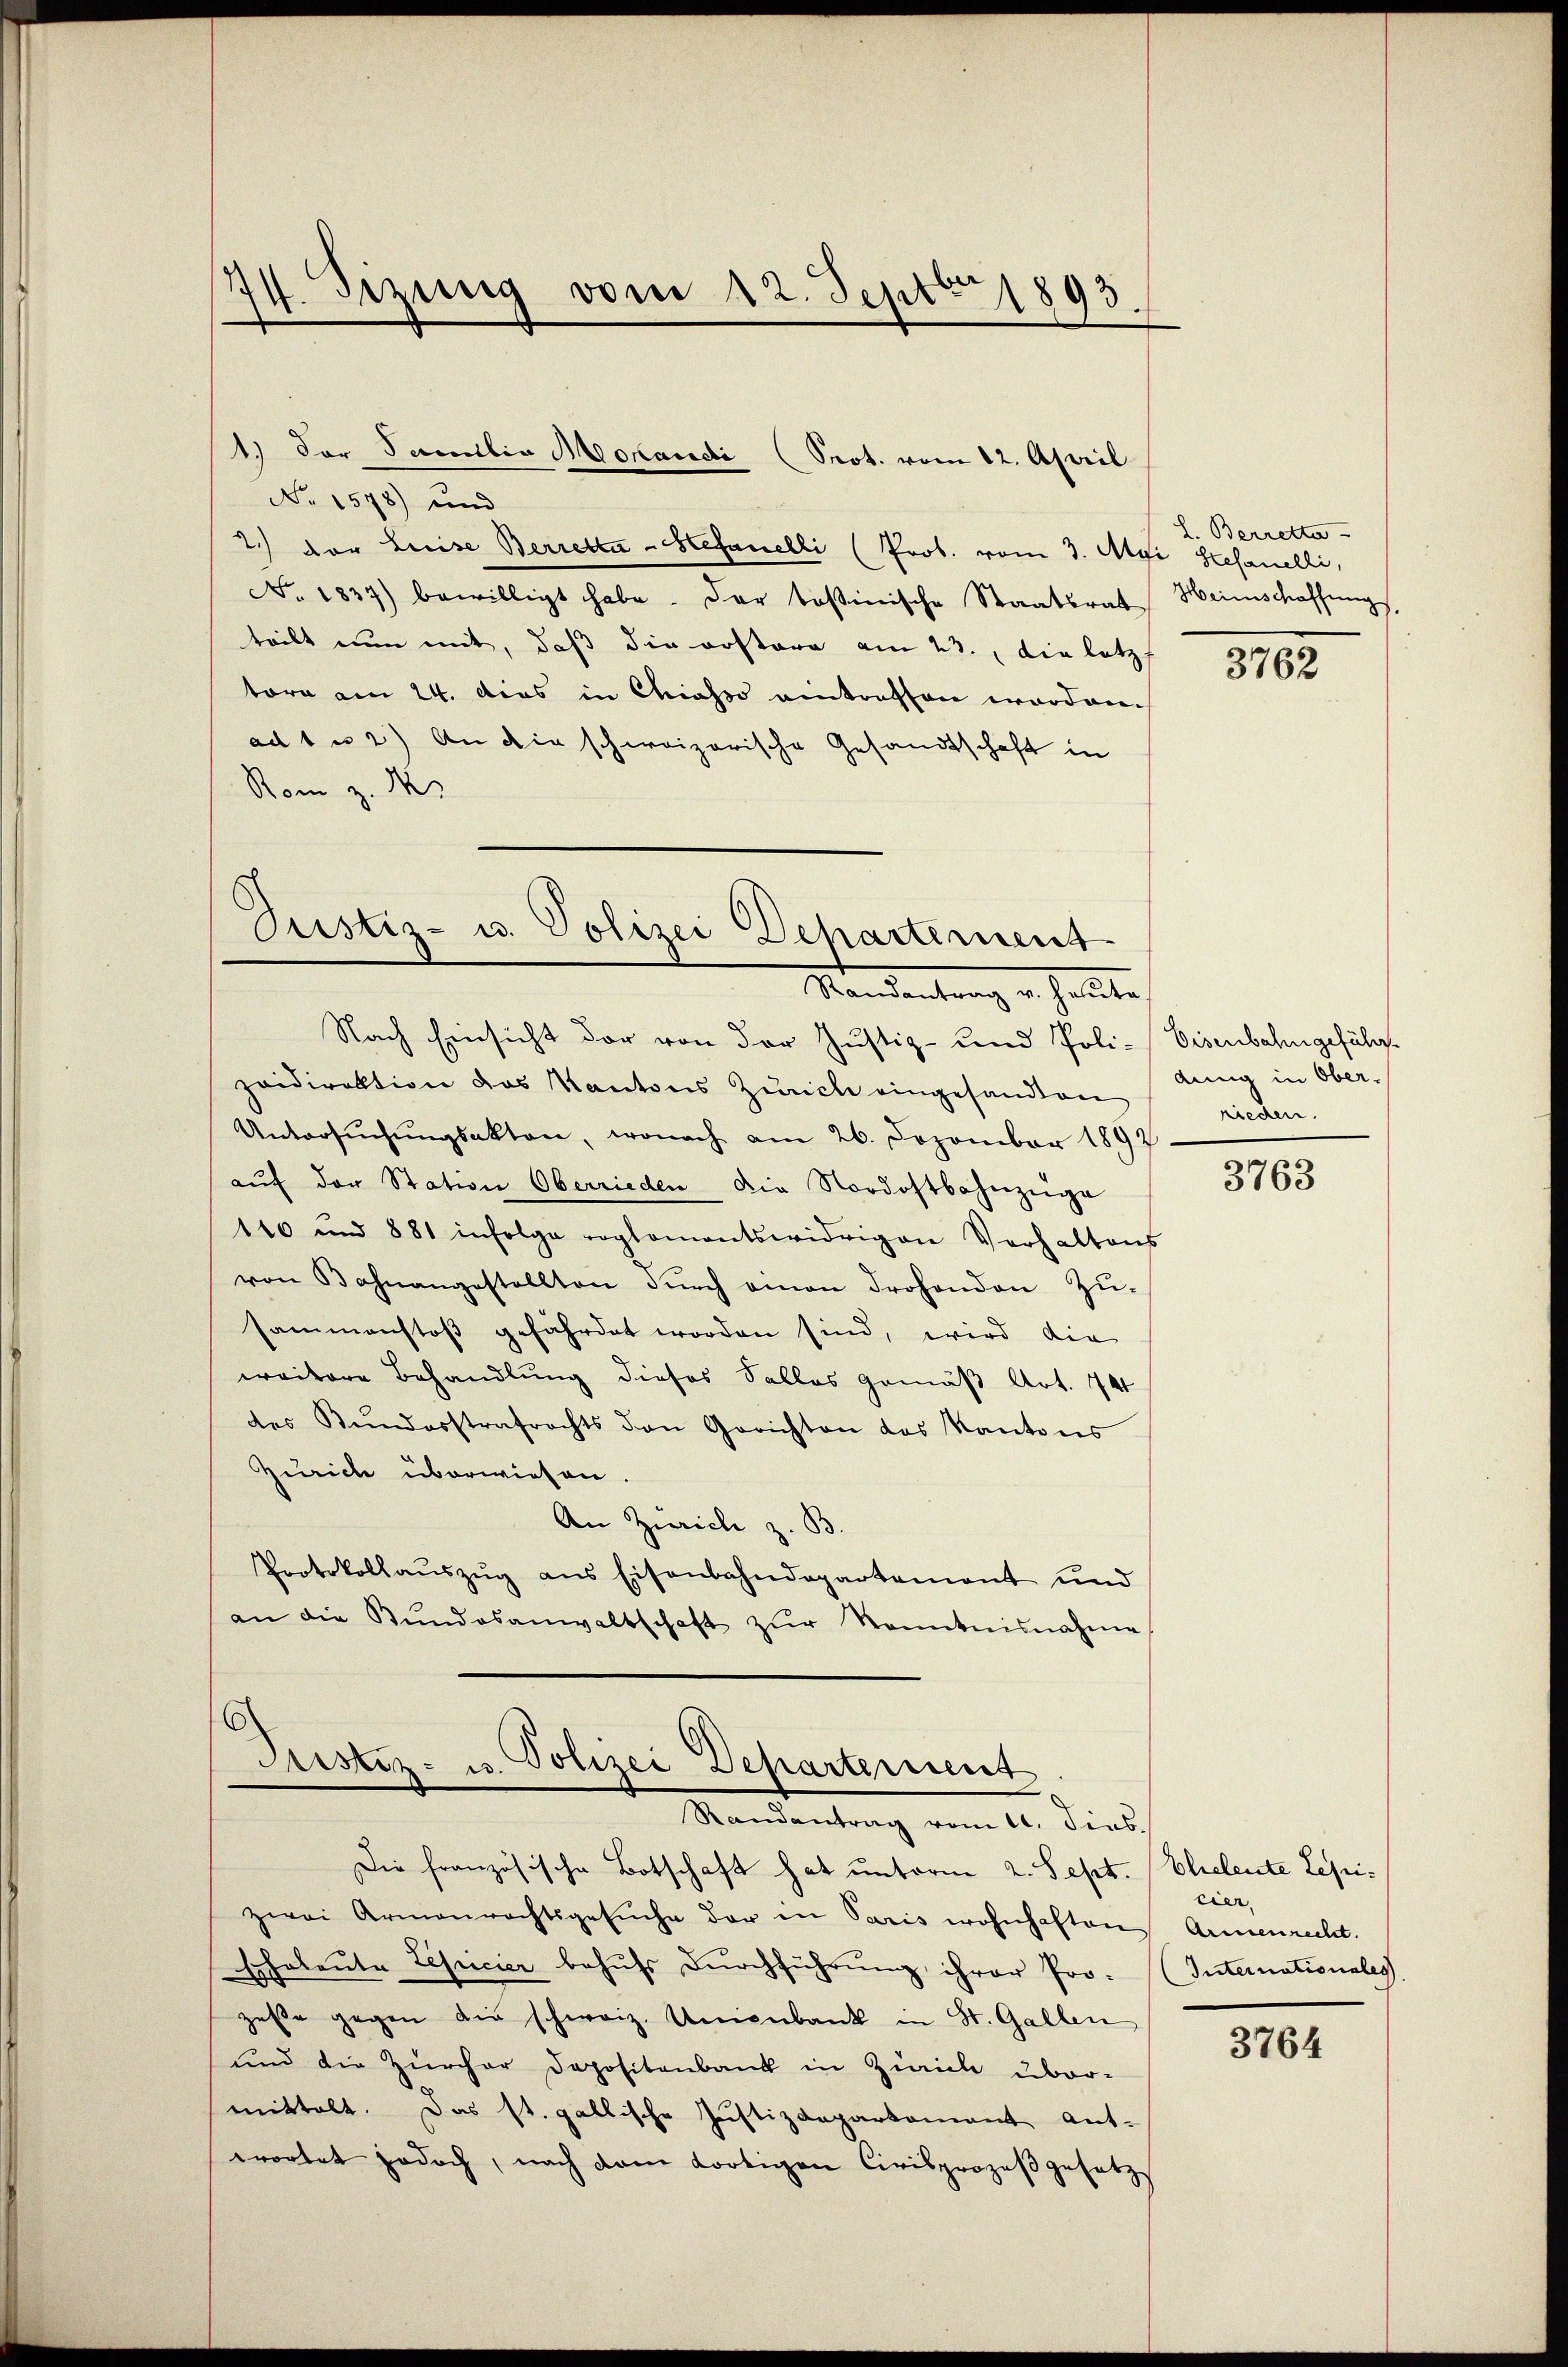
74. Sizung vom 12. Septbr 1893.

1.) Der Samilia Mokandi (Prot. vom 12. April
No 1578) und
2.) der Luise Berretta - Stefanelli (Prot. vom 3. Api Stefanelli,
No. 1837) bewilligt habe. Der tostinische Staatsrat Heinschaffung,
teilt nun mit, daß die erstere am 23., die letzt
tore am 24. das in Chiasso eintreffen worden.
ad 1 u 2) An die schweizerische Gesandtschaft in
Rom z. M

Justiz- u. Polizei Departement
Mandeantrag er heute

Nach Einsicht der von der Justiz- und Poli-Eisenbahngeführpaidirektion das Kantons Zürich eingesandten dung in Ober-
Untersŭchŭngsakten, wonach am 26. Dezember 1892
aŭf der Station Oberrieden die Nordostbahnzüge
110 und 881 infolge reglementswidrigen Verhaltens
von Bahnangestellten dŭrch einen drohenden Zŭ-
sammenstoß gefährdet worden sind, wird die
weitere Behandlung dieses Salles gemäß Art. 74
des Kŭndesstrafrechts den Gerichten das Kantons
Zürich überwiesen.
An Zürich z. B.
Protokollaŭszŭg ans Eisenbahndepartement und
an die Stŭndesanwaltschaft zŭr Kenntnisnahme

Justiz- u. Polizei Departement
Randentrag vom 10. dies

Die französische Botschaft hat unterm 2. Sept.
zwei Armenrechtsgesŭche der in Paris wohnhaften Armenrecht.
Eheleute Lepicier behufs Durchführung ihrer Prozeste gegen die schweiz. Unionbank in St. Gallen
und die Zürcher Depositenbank in Zürich über-
mittelt. Das st. gallische Justizdepartament ant-
wortet jedoch, nach dem dortigen Civilprozeβgesetz

L. Berrette

3762

rieden.

3763

Eheleute Lepicier.
Internationales

3764